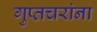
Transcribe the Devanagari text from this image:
गुप्तचरांना